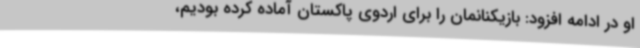
او در ادامه افزود: بازیکنانمان را برای اردوی پاکستان آماده کرده بودیم،